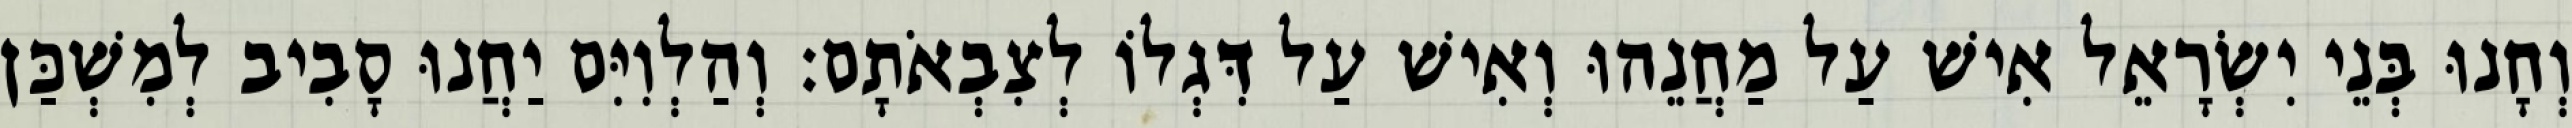
וְחָנוּ בְּנֵי יִשְׂרָאֵל אִישׁ עַל מַחֲנֵהוּ וְאִישׁ עַל דִּגְלוֹ לְצִבְאֹתָם׃ וְהַלְוִיִּם יַחֲנוּ סָבִיב לְמִשְׁכַּן